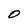
Character: O